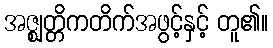
အဇ္ဈတ္တိကတိက်အဖွင့်နှင့် တူ၏။